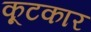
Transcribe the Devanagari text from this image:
कूटकार